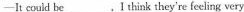
-It could be___.I think they're feeling very